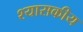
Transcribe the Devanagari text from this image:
श्यासकीय